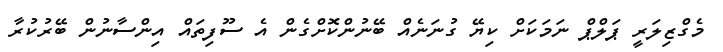
މެގްޒިލަރީ ޕަލްޕް ނަމަކަށް ކިޔޭ ގުނަަނެއް ބޭނުންކޮށްގެން އެ ސޫފިތައް އިންސާނުން ބޭރުކުރާ